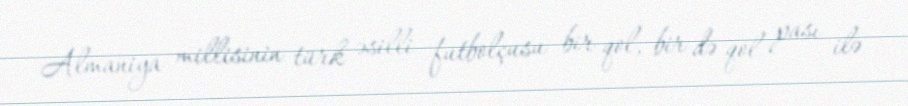
Almaniya millisinin türk əsilli futbolçusu bir qol, bir də qol pası ilə